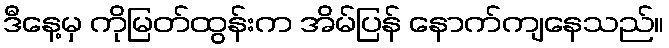
ဒီနေ့မှ ကိုမြတ်ထွန်းက အိမ်ပြန် နောက်ကျနေသည်။